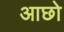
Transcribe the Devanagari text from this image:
आछो